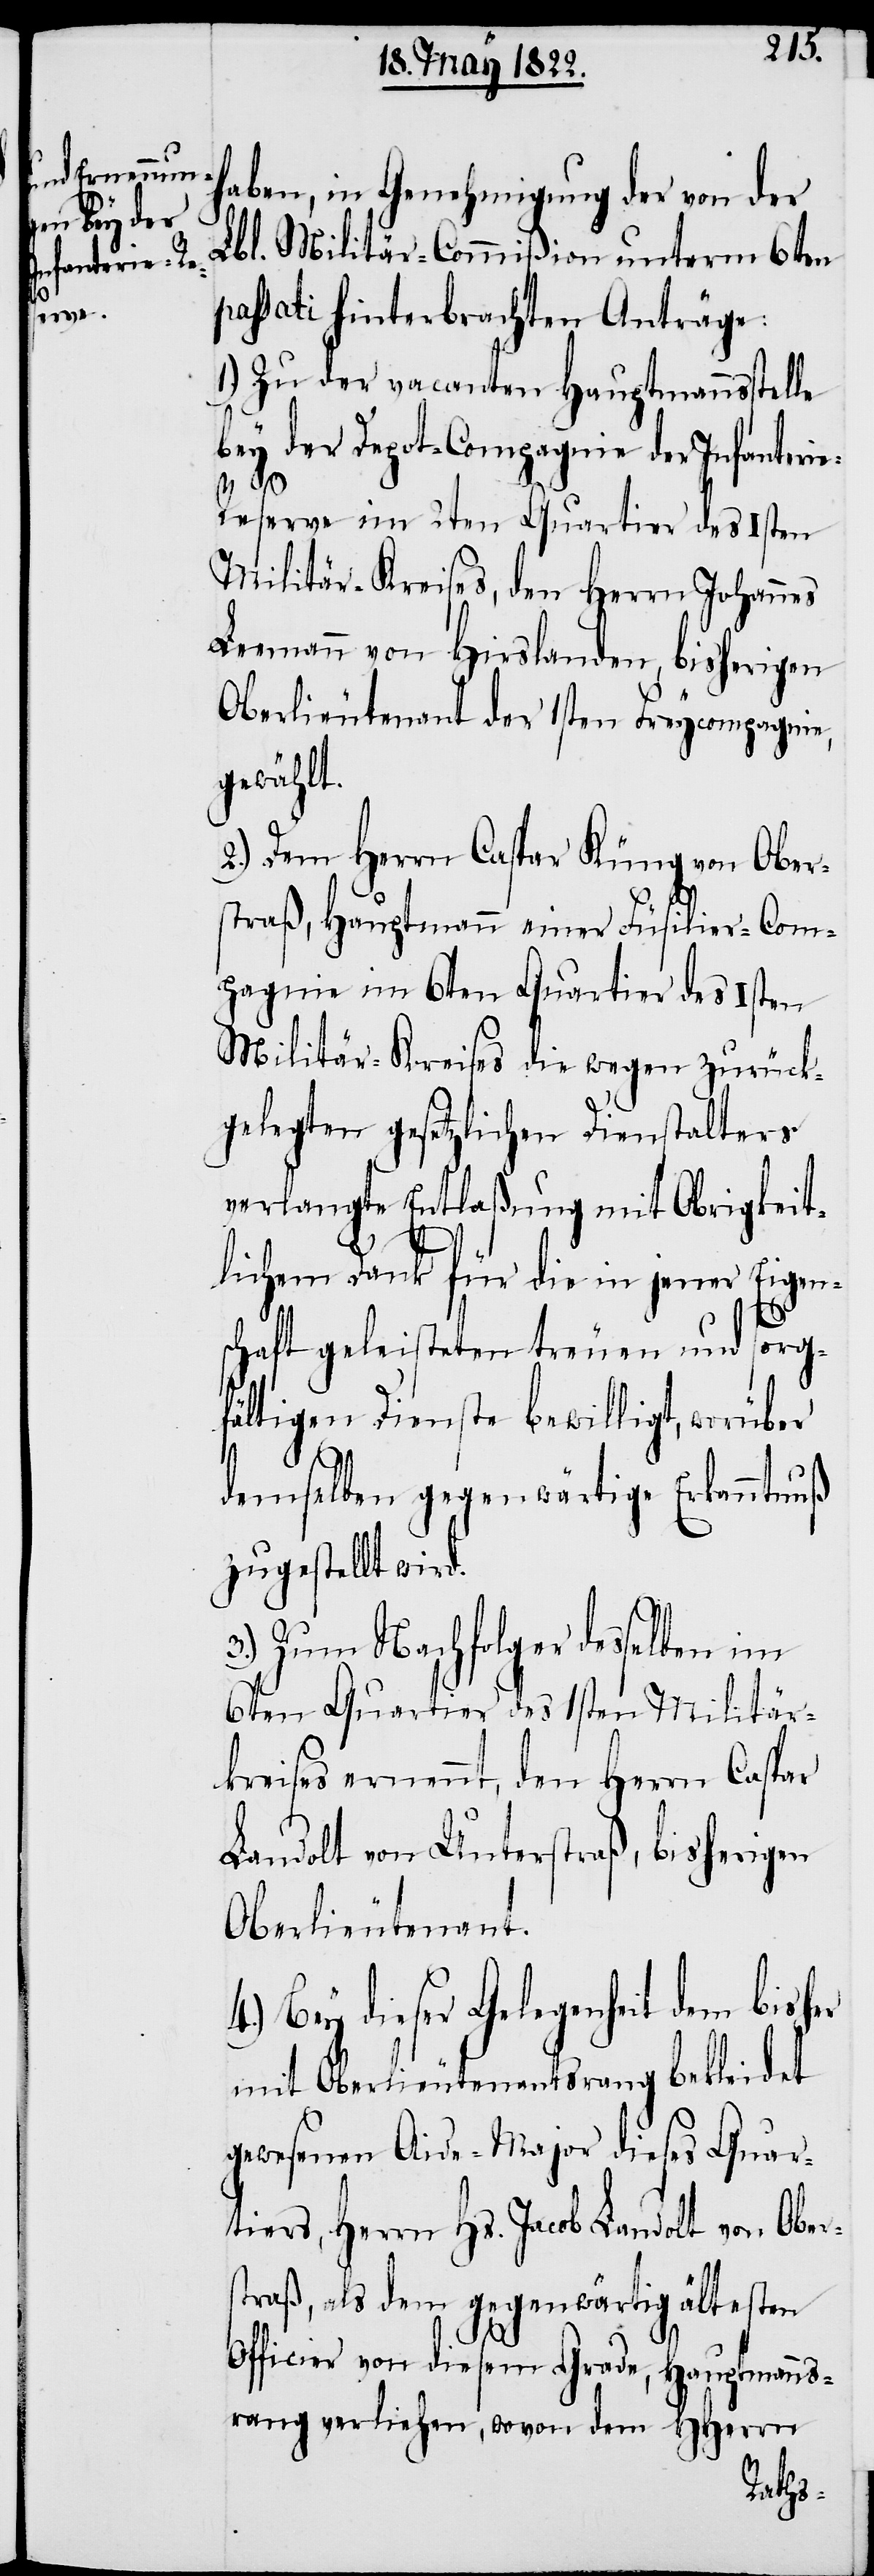
haben, in Genehmigung der von der
Lbl. Militär-Commißion unterm 6ten
passati hinterbrachten Anträge:
1.) Zu der vacanten Hauptmannsstelle
bey der Depot-Compagnie der Infanteri¬
e-R¬
eserve im 2ten Quartier des 1sten
Militär-Kreises, den Herrn Johannes
Leemann von Hirslanden, bisherigen
Oberlieutenant der 1sten Freycompagnie,
gewählt.
2.) Dem Herrn Caspar Küng von Ober¬
straß, Hauptmann einer Füsilier-Com¬
pagnie im 6ten Quartier des 1sten
Militär-Kreises die wegen zurück¬
gelegten gesetzlichen Dienstalters
verlangte Entlaßung mit Obrigkeit¬
lichem Dank für die in jener Eigen¬
schaft geleisteten treuen und sorgf¬
ältigen Dienste bewilligt, worüber
demselben gegenwärtige Erkanntnuß
zugestellt wird.
3.) Zum Nachfolger desselben
6ten Quartier des 1sten Militär¬
kreises ernennt, den Herrn Caspar
Landolt von Unterstraß, bisherigen
Oberlieutenant.
Bey dieser Gelegenheit dem
mit Oberlieutenantsrang bekleidet
gewesenen Aide-Major dieses Quar¬
tiers, Herrn Hs. Jacob Landolt von Ober¬
straß, als dem gegenwärtig ältesten
Officier von diesem Grade, Hauptmanns¬
rang verliehen, wovon dem HHerrn